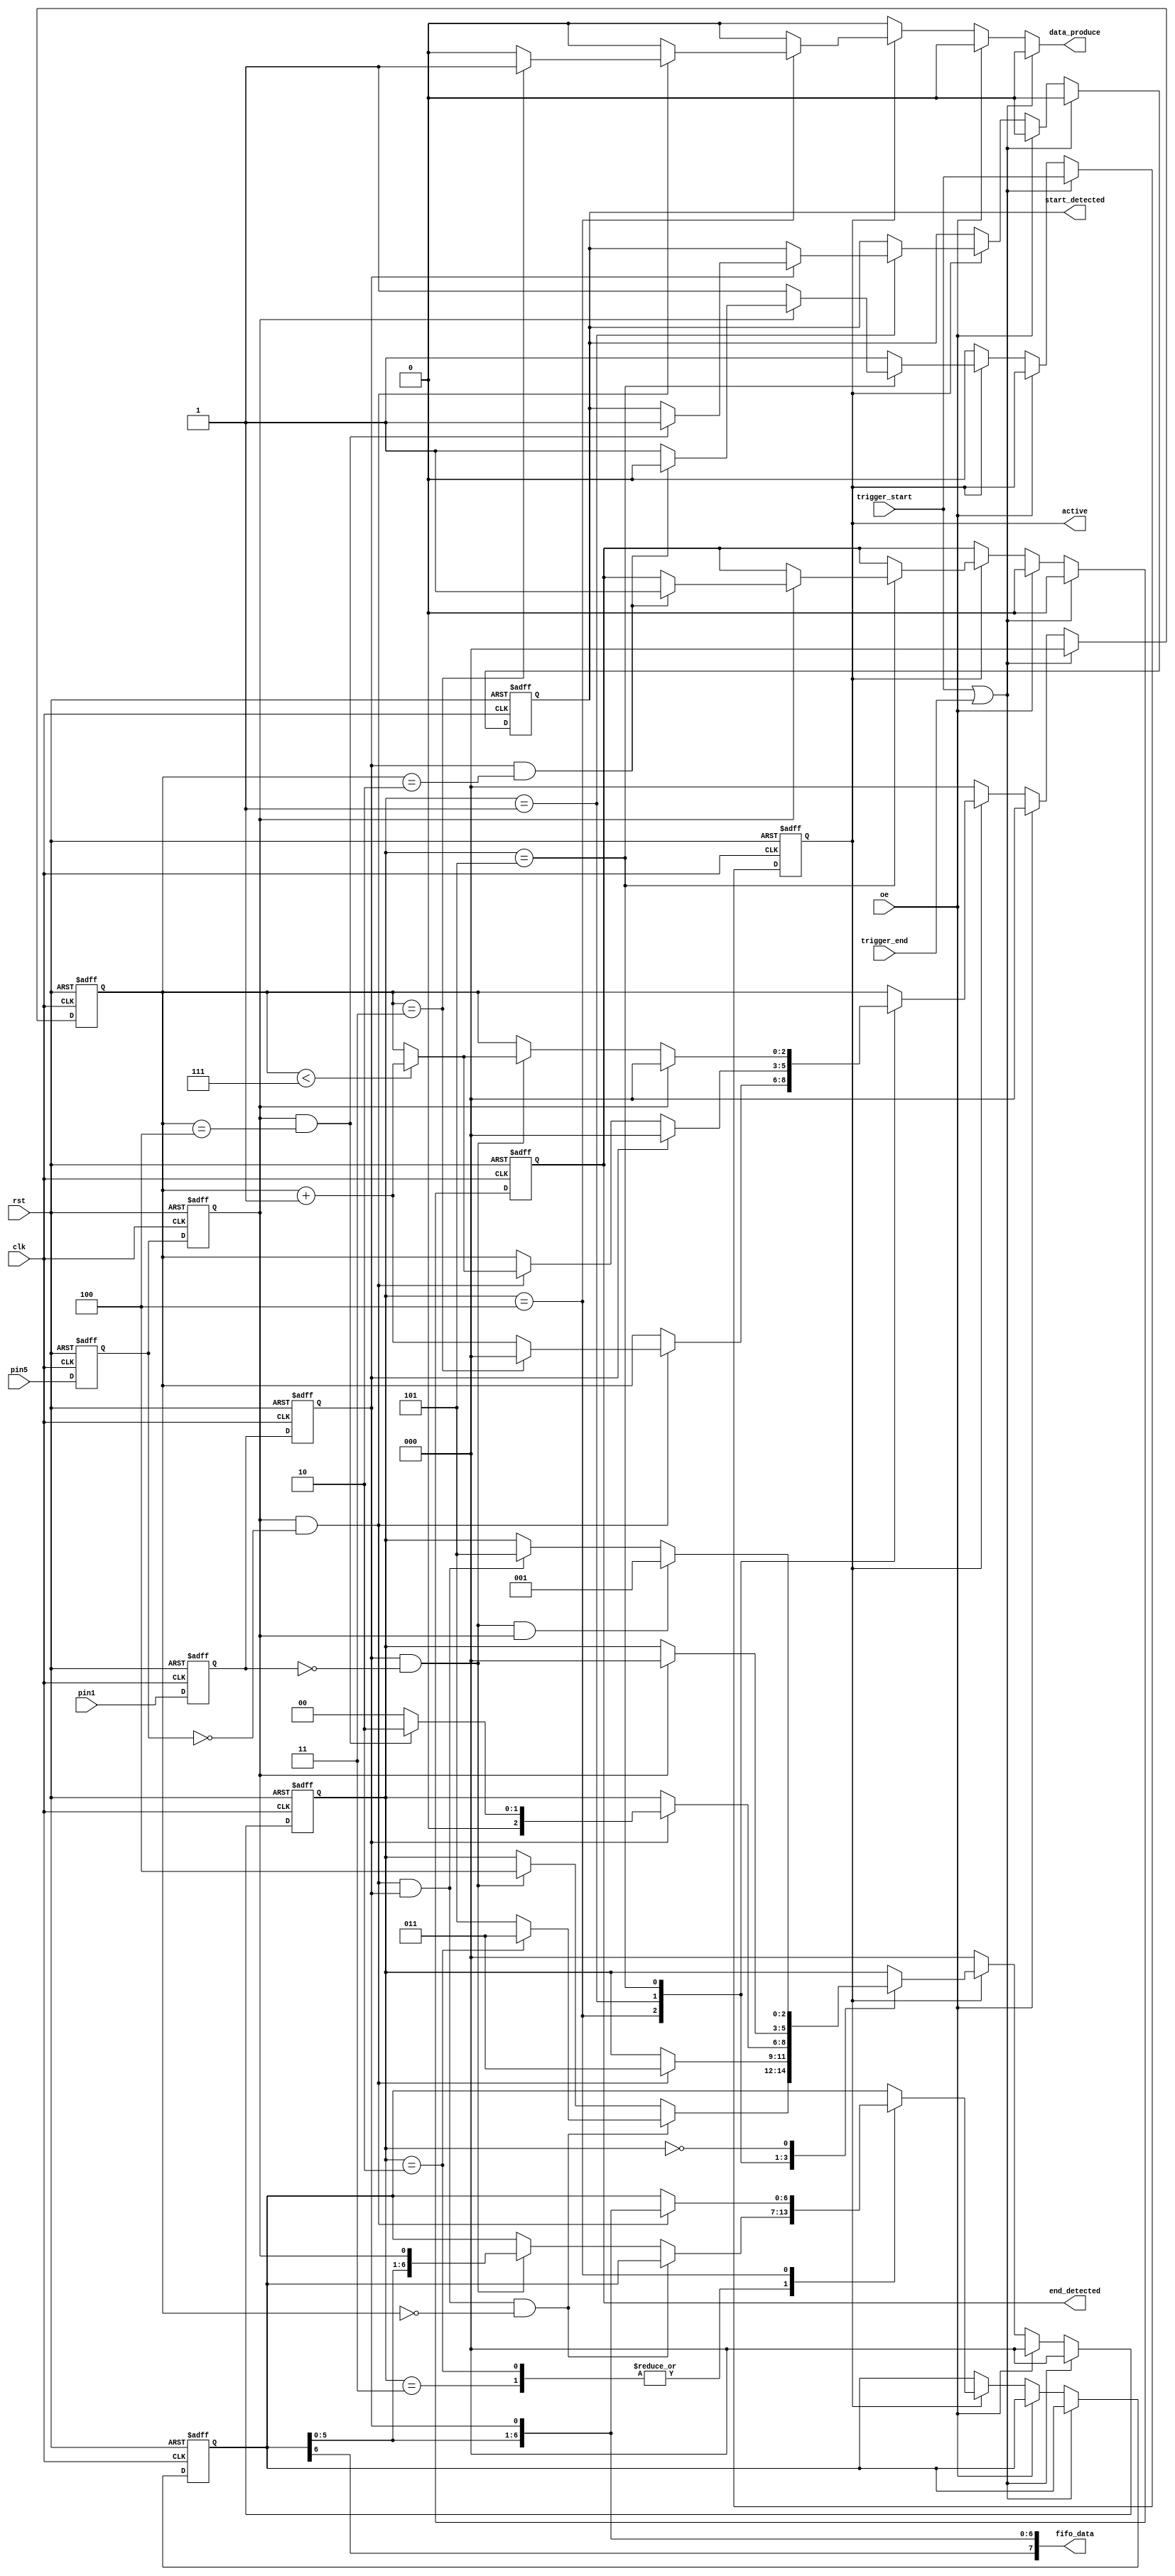
module maple_in(
    input rst,
    input clk,
    input pin1,
    input pin5,
    input oe,
    output active,
    output start_detected,
    output end_detected,
    input trigger_start,
    input trigger_end,
    output [7:0] fifo_data,
    output data_produce
);

    assign active = active_q;
    assign start_detected = start_detected_q;
    assign end_detected = end_detected_q;
    assign fifo_data = { shiftreg_q, in_p1_old_q };
    assign data_produce = produce;

    reg in_p1_d, in_p1_q;
    reg in_p5_d, in_p5_q;
    reg in_p1_old_d, in_p1_old_q;
    reg in_p5_old_d, in_p5_old_q;

    reg active_d, active_q;
    reg start_detected_d, start_detected_q;
    reg end_detected_d, end_detected_q;

    reg [6:0] shiftreg_d, shiftreg_q;
    reg produce;

    reg p1_edge, p1_value;
    reg p5_edge, p5_value;

    localparam MODE_IDLE = 0;
    localparam MODE_START = 1;
    localparam MODE_PHASE1_PRE = 2;
    localparam MODE_PHASE1 = 3;
    localparam MODE_PHASE2 = 4;
    localparam MODE_END = 5;

    reg [2:0] mode_d, mode_q;
    reg [2:0] cnt_d, cnt_q;

    always @(*) begin
        in_p1_d = pin1;
        in_p5_d = pin5;
        in_p1_old_d = in_p1_q;
        in_p5_old_d = in_p5_q;
        active_d = active_q;
        start_detected_d = start_detected_q;
        end_detected_d = end_detected_q;
        shiftreg_d = shiftreg_q;
        produce = 1'b0;

        p1_value = in_p1_old_q;
        p5_value = in_p5_old_q;
        p1_edge = in_p1_old_q && !in_p1_q;
        p5_edge = in_p5_old_q && !in_p5_q;

        mode_d = MODE_IDLE;
        cnt_d = 3'b0;

        if (trigger_start || trigger_end) begin
            active_d = trigger_start;
            start_detected_d = 1'b0;
            end_detected_d = 1'b0;
        end else if(oe) begin
            start_detected_d = 1'b0;
            end_detected_d = 1'b0;
        end else if(active) begin
            mode_d = mode_q;
            cnt_d = cnt_q;
            case (mode_q)
                MODE_PHASE1, MODE_PHASE1_PRE: begin
                    if (p5_edge && p1_value && cnt_q == 0) begin
                        if (mode_q == MODE_PHASE1_PRE) begin
                            mode_d = MODE_PHASE1;
                        end else begin
                            mode_d = MODE_END;
                        end
                    end else if (p1_edge) begin
                        shiftreg_d = { shiftreg_q[5:0], p5_value };
                        mode_d = MODE_PHASE2;
                    end else if (p5_edge) begin
                        // Error
                    end
                end
            MODE_PHASE2: begin
                if (p5_edge) begin
                        shiftreg_d = { shiftreg_q[5:0], p1_value };
                        mode_d = MODE_PHASE1;
                    if (cnt_q == 3) begin
                        cnt_d = 3'b0;
                        produce = 1'b1;
                    end else begin
                        cnt_d = cnt_q + 1'b1;
                    end
                end else if (p5_edge) begin
                    // Error
                end
            end
            MODE_START: begin
                if (p1_value) begin
                    cnt_d = 3'b0;
                    if (p5_value && cnt_q == 4) begin
                        start_detected_d = 1'b1;
                        mode_d = MODE_PHASE1_PRE;
                    end else begin
                        mode_d = MODE_IDLE;
                    end
                end else if (p5_edge) begin
                    if (cnt_q < 7)
                        cnt_d = cnt_q + 1'b1;
                end
            end
            MODE_END: begin
                if (p5_value) begin
                    cnt_d = 3'b0;
                    mode_d = MODE_IDLE;
                    if (p1_value && cnt_q == 2) begin
                        end_detected_d = 1'b1;
                        active_d = 1'b0;
                    end
                end else if (p1_edge) begin
                    if (cnt_q < 7)
                        cnt_d = cnt_q + 1'b1;
                end
            end
            MODE_IDLE: begin
                if (p1_edge && p5_value) begin
                    mode_d = MODE_START;
                end else if(p5_edge && p1_value) begin
                    mode_d = MODE_END;
                end
            end
            endcase
        end
    end

    always @(posedge clk or posedge rst) begin
        if (rst) begin
            in_p1_q <= 1'b1;
            in_p5_q <= 1'b1;
            in_p1_old_q <= 1'b1;
            in_p5_old_q <= 1'b1;
            start_detected_q <= 1'b0;
            end_detected_q <= 1'b0;
            active_q <= 1'b0;
            shiftreg_q <= 7'b0;
            mode_q <= MODE_IDLE;
            cnt_q <= 3'b0;
        end else begin
            in_p1_q <= in_p1_d;
            in_p5_q <= in_p5_d;
            in_p1_old_q <= in_p1_old_d;
            in_p5_old_q <= in_p5_old_d;
            start_detected_q <= start_detected_d;
            end_detected_q <= end_detected_d;
            active_q <= active_d;
            shiftreg_q <= shiftreg_d;
            mode_q <= mode_d;
            cnt_q <= cnt_d;
        end // else: !if(rst)
    end // always @ (posedge clk)

endmodule